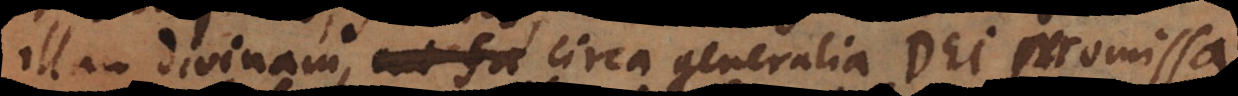
illam divinam, circa generalia Dei promissa